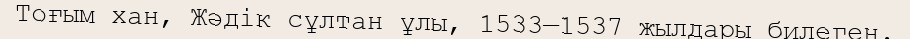
Тоғым хан, Жәдік сұлтан ұлы, 1533—1537 жылдары билеген.